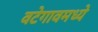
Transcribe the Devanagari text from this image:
वटेगावमध्ये